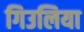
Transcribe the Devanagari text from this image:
गिउलिया